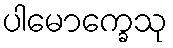
ပါမောက္ခေသု